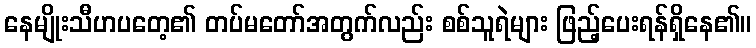
နေမျိုးသီဟပတေ့၏ တပ်မတော်အတွက်လည်း စစ်သူရဲများ ဖြည့်ပေးရန်ရှိနေ၏။